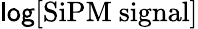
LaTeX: \mathsf{log}\mathrm{[SiPM\ signal]}